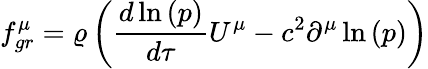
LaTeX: f_{gr}^{\mu}=\varrho\left(\frac{d{\, \ln{(p)}}}{d\tau}U^{\mu}-c^{2}\partial^{\mu}\ln{(p)}\right)